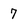
Character: 7